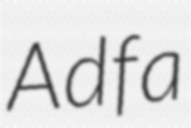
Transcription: Adfa